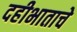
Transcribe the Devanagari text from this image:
दहीभाताचे